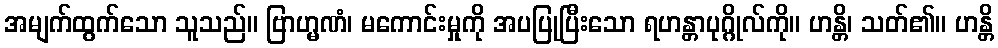
အမျက်ထွက်သော သူသည်။ ဗြာဟ္မဏံ၊ မကောင်းမှုကို အပပြုပြီးသော ရဟန္တာပုဂ္ဂိုလ်ကို။ ဟန္တိ၊ သတ်၏။ ဟန္တိ